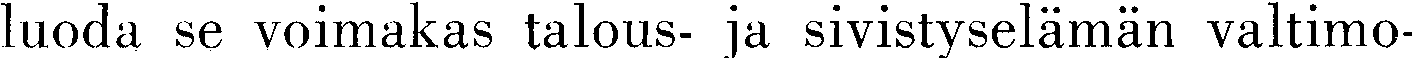
luoda se voimakas talous- ja sivistyselämän valtimo-